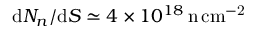
\textup d N _ { n } / \textup d S \simeq 4 \times 1 0 ^ { 1 8 } \, \mathrm { n \, c m ^ { - 2 } }